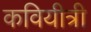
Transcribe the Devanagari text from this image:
कवियीत्री